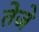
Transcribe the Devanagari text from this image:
तेजे